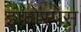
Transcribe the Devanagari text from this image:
इंफोस्पेस